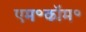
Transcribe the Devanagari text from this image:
एम॰कॉम॰